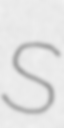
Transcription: S